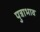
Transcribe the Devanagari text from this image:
पुत्राभाव